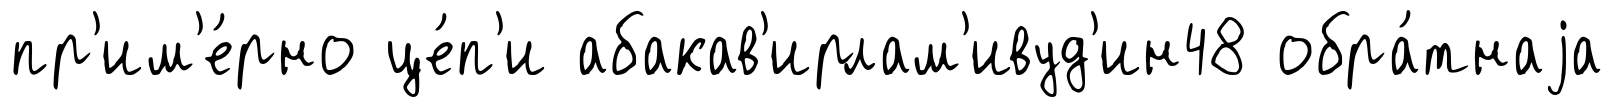
пр'им'е́рно це́п'и абакав'ирлам'ивуд'ин48 обра́тнаjа